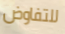
للتفاوض